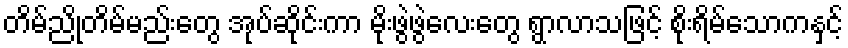
တိမ်ညိုတိမ်မည်းတွေ အုပ်ဆိုင်းကာ မိုးဖွဲဖွဲလေးတွေ ရွာလာသဖြင့် စိုးရိမ်သောကနှင့်